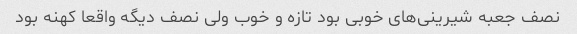
نصف جعبه شیرینی‌های خوبی بود تازه و خوب ولی نصف دیگه واقعا کهنه بود